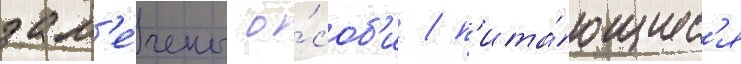
зам'е́чены о́соб'и / п'ита́ющиес'я